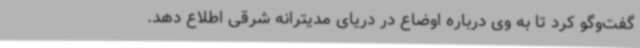
گفت‌وگو کرد تا به وی درباره اوضاع در دریای مدیترانه شرقی اطلاع دهد.